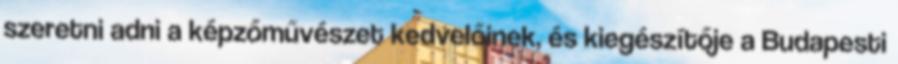
szeretni adni a képzőművészet kedvelőinek, és kiegészítője a Budapesti